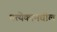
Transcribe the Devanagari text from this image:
प्रत्येकामधील